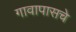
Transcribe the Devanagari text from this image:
गावापासचे